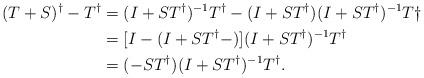
\begin{align*}(T+S)^\dagger -T^\dagger&=(I+ST^\dagger)^{-1}T^\dagger-(I+ST^\dagger)(I+ST^\dagger)^{-1}T\dagger \\ &=[I-(I+ST^\dagger-)](I+ST^\dagger)^{-1}T^\dagger\\ &= (-ST^\dagger)(I+ST^\dagger)^{-1}T^\dagger .\end{align*}